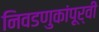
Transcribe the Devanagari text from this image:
निवडणुकांपूर्वी